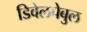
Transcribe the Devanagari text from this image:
डिवेलपेबुल